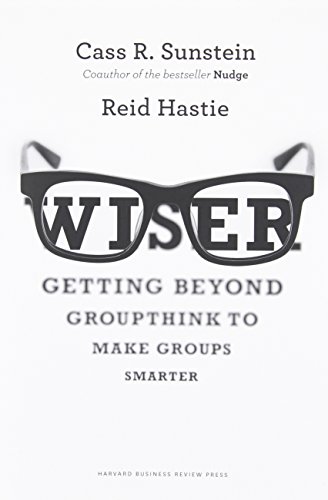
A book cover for Wiser: Getting Beyond Groupthink to Make Groups Smarter; Cass R. Sunstein; Business & Money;